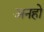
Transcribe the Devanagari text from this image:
अनहो